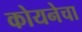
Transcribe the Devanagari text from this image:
कोयनेचा